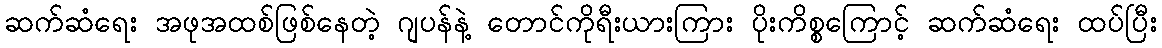
ဆက်ဆံရေး အဖုအထစ်ဖြစ်နေတဲ့ ဂျပန်နဲ့ တောင်ကိုရီးယားကြား ပိုးကိစ္စကြောင့် ဆက်ဆံရေး ထပ်ပြီး